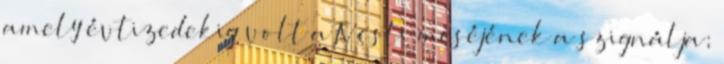
amely évtizedekig volt a TV esti meséjének a szignálja;